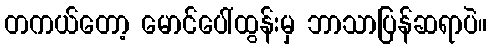
တကယ်တော့ မောင်ပေါ်ထွန်းမှ ဘာသာပြန်ဆရာပဲ။